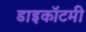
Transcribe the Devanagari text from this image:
डाइकॉटमी